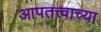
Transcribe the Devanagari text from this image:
आपतत्त्वाच्या